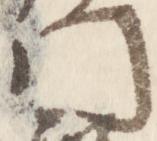
門